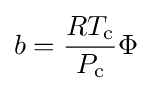
b={\frac {RT_{\text{c}}}{P_{\text{c}}}}\Phi